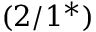
( 2 / 1 ^ { * } )